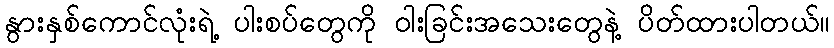
နွားနှစ်ကောင်လုံးရဲ့ ပါးစပ်တွေကို ဝါးခြင်းအသေးတွေနဲ့ ပိတ်ထားပါတယ်။